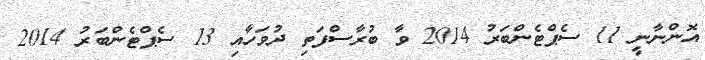
އޮންނާނީ 11 ސެޕްޓެންބަރު 2014 ވާ ބުރާސްފަތި ދުވަހާއި 13 ސެޕްޓެންބަރު 2014